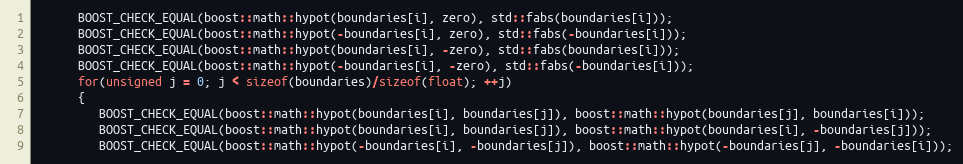
Language: C++
      BOOST_CHECK_EQUAL(boost::math::hypot(boundaries[i], zero), std::fabs(boundaries[i]));
      BOOST_CHECK_EQUAL(boost::math::hypot(-boundaries[i], zero), std::fabs(-boundaries[i]));
      BOOST_CHECK_EQUAL(boost::math::hypot(boundaries[i], -zero), std::fabs(boundaries[i]));
      BOOST_CHECK_EQUAL(boost::math::hypot(-boundaries[i], -zero), std::fabs(-boundaries[i]));
      for(unsigned j = 0; j < sizeof(boundaries)/sizeof(float); ++j)
      {
         BOOST_CHECK_EQUAL(boost::math::hypot(boundaries[i], boundaries[j]), boost::math::hypot(boundaries[j], boundaries[i]));
         BOOST_CHECK_EQUAL(boost::math::hypot(boundaries[i], boundaries[j]), boost::math::hypot(boundaries[i], -boundaries[j]));
         BOOST_CHECK_EQUAL(boost::math::hypot(-boundaries[i], -boundaries[j]), boost::math::hypot(-boundaries[j], -boundaries[i]));